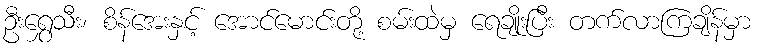
ဦးရွှေသီး၊ စိန်အေးနှင့် အောင်မောင်းတို့ စမ်းထဲမှ ရေချိုးပြီး တက်လာကြချိန်မှာ